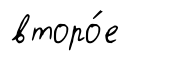
второ́е